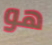
هو